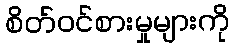
စိတ်ဝင်စားမှုများကို